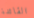
القائدة